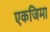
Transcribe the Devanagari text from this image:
एकजिमा